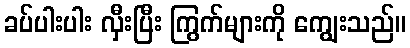
ခပ်ပါးပါး လှီးပြီး ကြွက်များကို ကျွေးသည်။